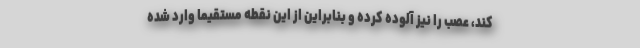
کند، عصب را نیز آلوده کرده و بنابراین از این نقطه مستقیماً وارد شده